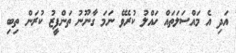
އަދި އެ މައްސަލަތައް ހައްލު ކުރެވޭ ނަމަ ގާނޫނު ތަންފީޒު ކުރަން ތިބި